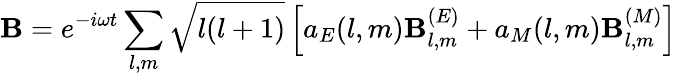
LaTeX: \mathbf{B}=e^{-i\omega t}\sum_{l,m}{\sqrt{l(l+1)}}\left[a_{E}(l,m)\mathbf{B}_{l,m}^{(E)}+a_{M}(l,m)\mathbf{B}_{l,m}^{(M)}\right]